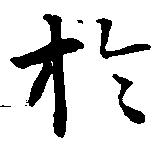
於